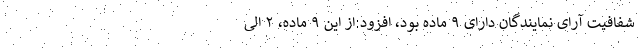
شفافیت آرای نمایندگان دارای ۹ ماده بود، افزود:از این ۹ ماده، ۲ الی